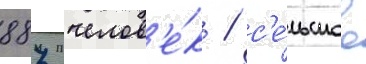
887 челов'е́к / с'е́льское